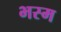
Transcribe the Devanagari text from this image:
भस्‍म